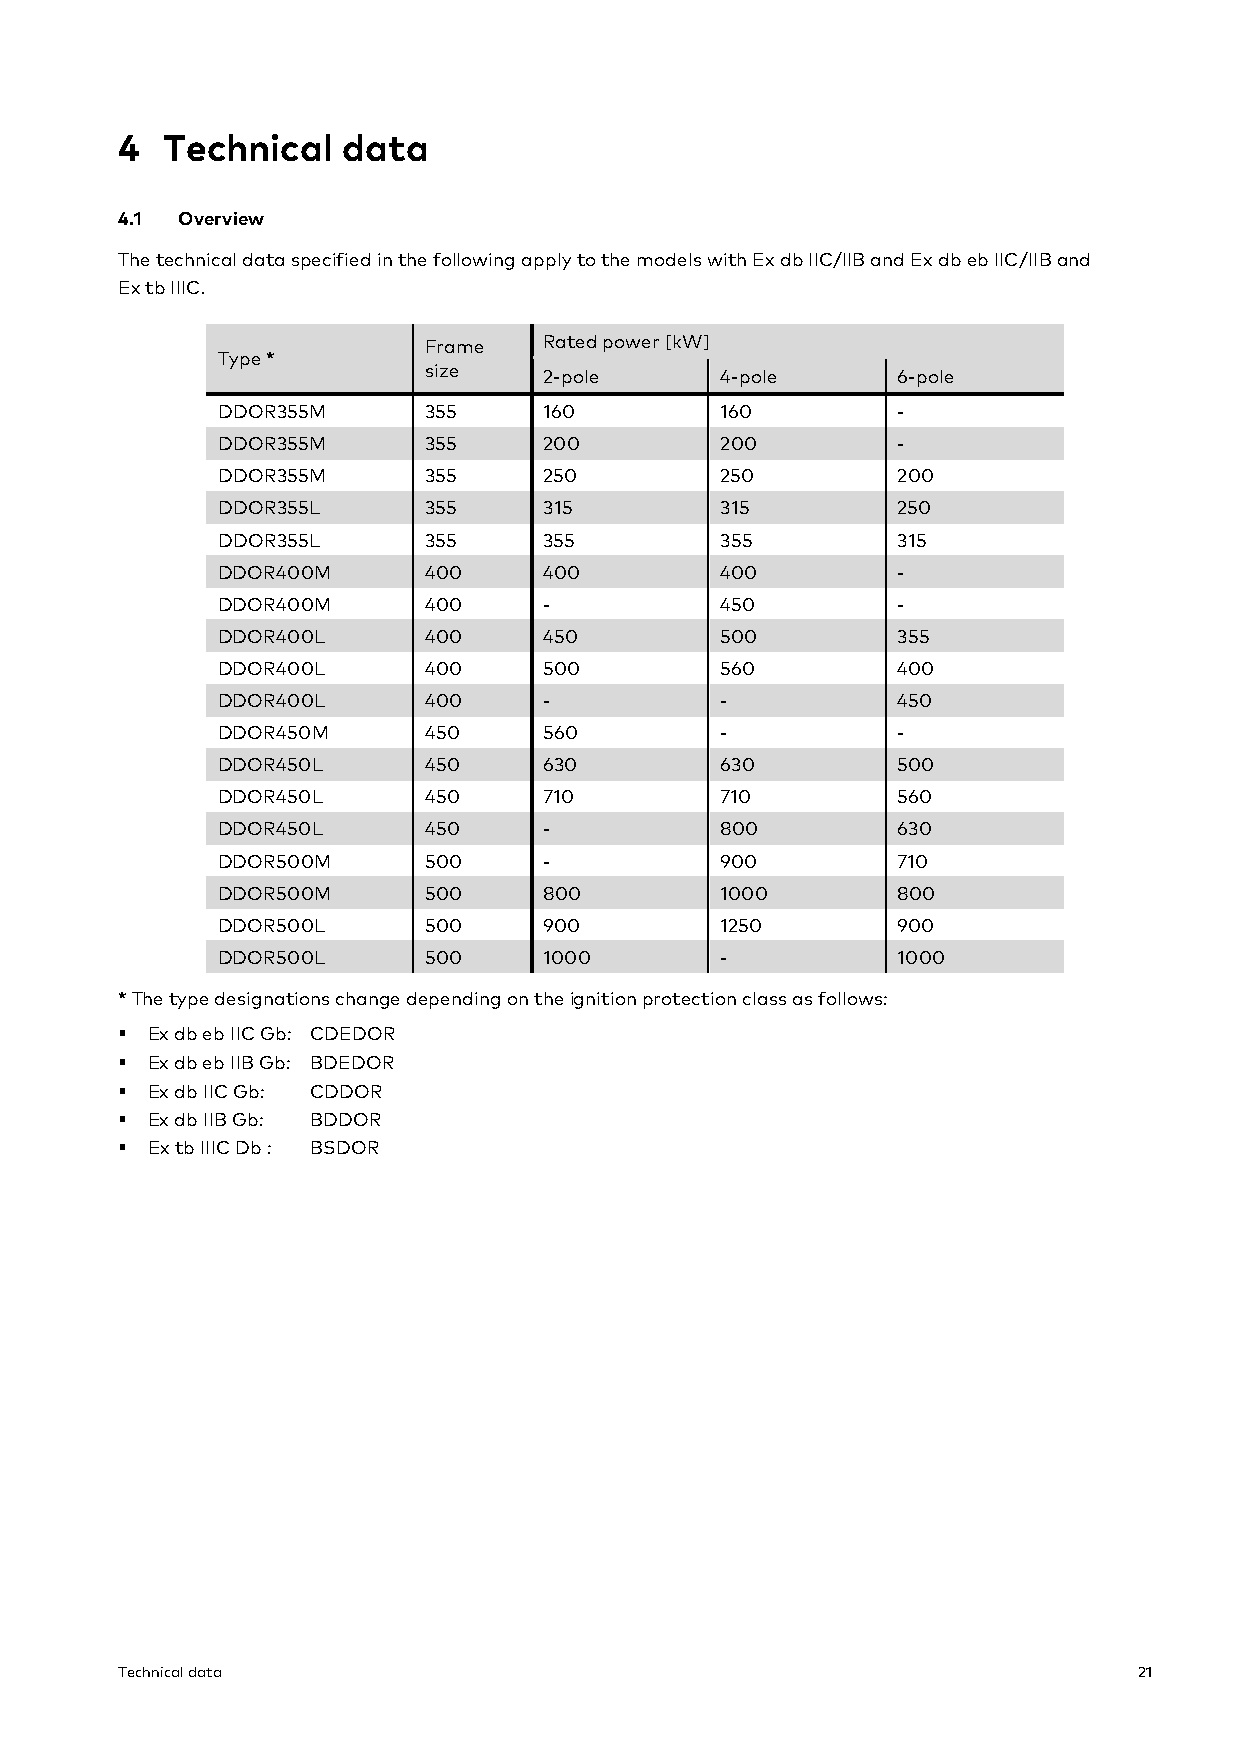
P os: 9.2 /Kataloge/Allgemeines/04 Technische Daten/04.00 Überschrift @ 1\mod_1539944816430_28.docx @ 22164 @ 1 @ 1
 4  Technical   data
 4.1 Overview
 The technical data specified in the following apply to the models with Ex db IIC/IIB and Ex db eb IIC/IIB and
 Ex tb IIIC.
 Frame   Rated power [kW]
 Type *
 size    2-pole      4-pole     6-pole
 DDOR355M      355     160         160        -
 DDOR355M      355     200         200        -
 DDOR355M      355     250         250        200
 DDOR355L      355     315         315        250
 DDOR355L      355     355         355        315
 DDOR400M      400     400         400        -
 DDOR400M      400     -           450        -
 DDOR400L      400     450         500        355
 DDOR400L      400     500         560        400
 DDOR400L      400     -           -          450
 DDOR450M      450     560         -          -
 DDOR450L      450     630         630        500
 DDOR450L      450     710         710        560
 DDOR450L      450     -           800        630
 DDOR500M      500     -           900        710
 DDOR500M      500     800         1000       800
 DDOR500L      500     900         1250       900
 DDOR500L      500     1000        -          1000
 * The type designations change depending on the ignition protection class as follows:
 § Ex db eb IIC Gb: CDEDOR
 § Ex db eb IIB Gb: BDEDOR
 § Ex db IIC Gb: CDDOR
 § Ex db IIB Gb: BDDOR
 § Ex tb IIIC Db : BSDOR
 Technical data                                                     21